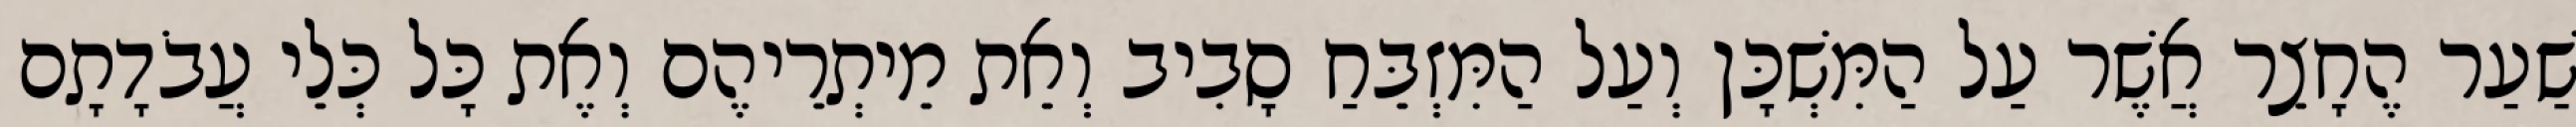
שַׁעַר הֶחָצֵר אֲשֶׁר עַל הַמִּשְׁכָּן וְעַל הַמִּזְבֵּחַ סָבִיב וְאֵת מֵיתְרֵיהֶם וְאֶת כָּל כְּלֵי עֲבֹדָתָם